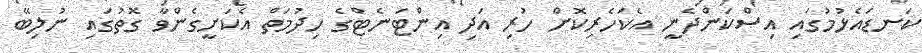
ކަނޑައެޅުމުގައި އިސްކަންދެނީ އެކަހެރިކޮށް ހުރި އަދި އިންޓަނެޓްގެ ހިދުމަތް އެކަށީގެންވާ ގޮތުގައި ނުލިބޭ